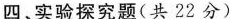
四、实验探究题(共22分)